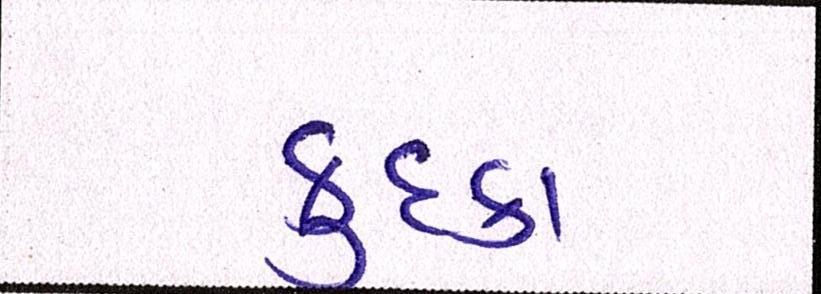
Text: કુદકા